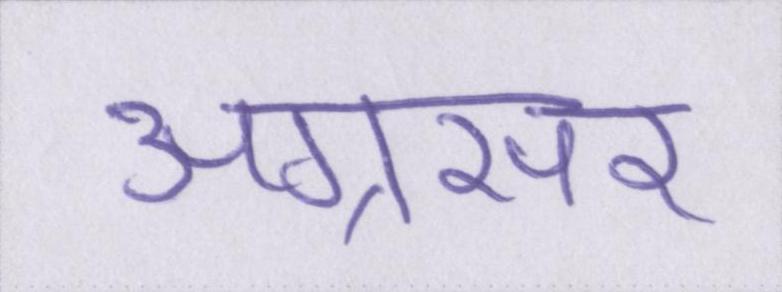
अग्रसर